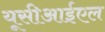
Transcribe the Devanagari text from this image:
यूसीआईएल